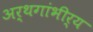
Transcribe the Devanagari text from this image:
अर्थगांभीर्य